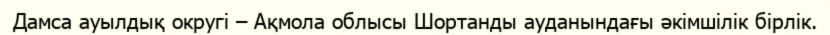
Дамса ауылдық округі – Ақмола облысы Шортанды ауданындағы әкімшілік бірлік.